Indian journal of veterinary science and animal husbandry - Volume 11,
Year: 1941
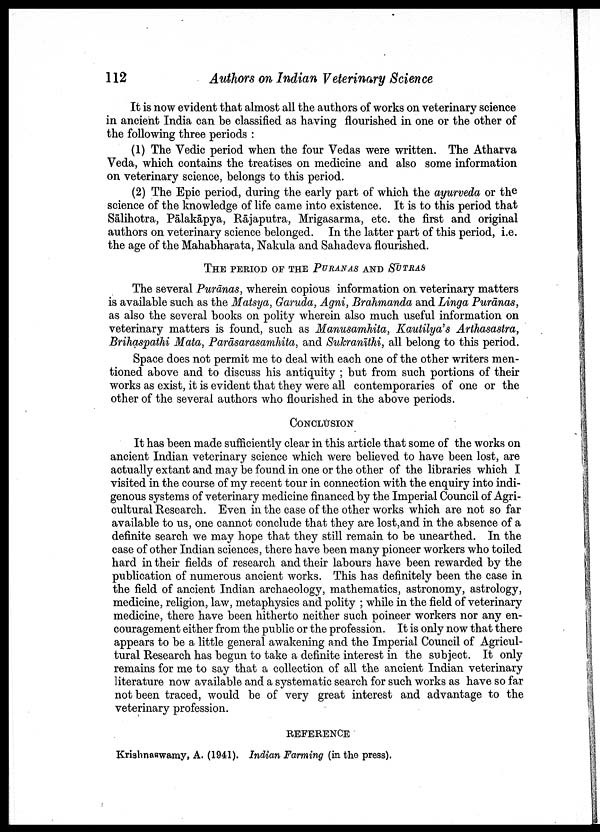
112
Authors on Indian Veterinary Science
It is now evident that almost all the authors of works on veterinary science
in ancient India can be classified as having flourished in one or the other of
the following three periods :
(1) The Vedic period when the four Vedas were written. The Atharva
Veda, which contains the treatises on medicine and also some information
on veterinary science, belongs to this period.
(2) The Epic period, during the early part of which the ayurveda or the
science of the knowledge of life came into existence. It is to this period that
Sālihotra, Pālakāpya, Rājaputra, Mrigasarma, etc. the first and original
authors on veterinary science belonged. In the latter part of this period, i.e.
the age of the Mahabharata, Nakula and Sahadeva flourished.
THE PERIOD OF THE PURANAS AND SUTRAS
The several Purānas, wherein copious information on veterinary matters
is available such as the Matsya, Garuda, Agni, Brahmanda and Linga Purānas,
as also the several books on polity wherein also much useful information on
veterinary matters is found, such as Manusamhita, Kautilya's Arthasastra,
Brihaspathi Mata, Parāsarasamhita, and Sukranīthi, all belong to this period.
Space does not permit me to deal with each one of the other writers men
tioned above and to discuss his antiquity ; but from such portions of their
works as exist, it is evident that they were all contemporaries of one or the
other of the several authors who flourished in the above periods.
CONCLUSION
It has been made sufficiently clear in this article that some of the works on
ancient Indian veterinary science which were believed to have been lost, are
actually extant and may be found in one or the other of the libraries which I
visited in the course of my recent tour in connection with the enquiry into indi
genous systems of veterinary medicine financed by the Imperial Council of Agri
cultural Research. Even in the case of the other works which are not so far
available to us, one cannot conclude that they are lost,and in the absence of a
definite search we may hope that they still remain to be unearthed. In the
case of other Indian sciences, there have been many pioneer workers who toiled
hard in their fields of research and their labours have been rewarded by the
publication of numerous ancient works. This has definitely been the case in
the field of ancient Indian archaeology, mathematics, astronomy, astrology,
medicine, religion, law, metaphysics and polity ; while in the field of veterinary
medicine, there have been hitherto neither such poineer workers nor any en
couragement either from the public or the profession. It is only now that there
appears to be a little general awakening and the Imperial Council of Agricul
tural Research has begun to take a definite interest in the subject. It only
remains for me to say that a collection of all the ancient Indian veterinary
literature now available and a systematic search for such works as have so far
not been traced, would be of very great interest and advantage to the
veterinary profession.
REFERENCE
Krishnaswamy, A. (1941). Indian Farming (in the press).